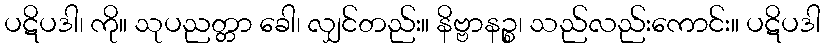
ပဋိပဒါ၊ ကို။ သုပညတ္တာ ခေါ၊ လျှင်တည်း။ နိဗ္ဗာနဉ္စ၊ သည်လည်းကောင်း။ ပဋိပဒါ